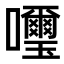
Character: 𫬹